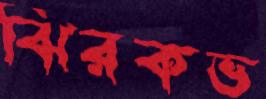
ঝিরকভ